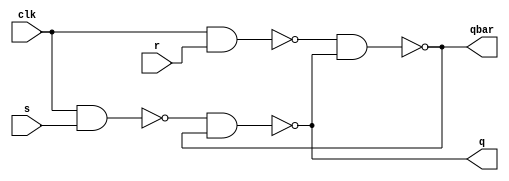
`timescale 1ns / 1ps

module sr_ff_struct(q, qbar, s, r, clk);
    input s,r,clk; 
    output q, qbar;

    wire nand1_out; // output of nand1 
    wire nand2_out; // output of nand2 
    
    nand (nand1_out,clk,s); 
    nand (nand2_out,clk,r); 
    nand (q,nand1_out,qbar);
    nand (qbar,nand2_out,q);

endmodule